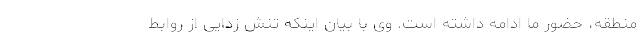
منطقه، حضور ما ادامه داشته است. وی با بیان اینکه تنش زدایی از روابط